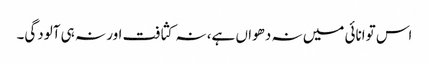
اس توانائی میں نہ دھواں ہے، نہ کثافت اور نہ ہی آلودگی۔